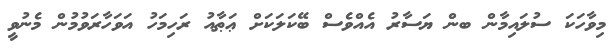
މިވާހަކަ ސުލައިމާން ބން ޔަސާރު އެއްވެސް ބޭކަލަކަށް ޢަޠާއު ރަހިމަހު އަވަހާރަވުމުން މެނުވީ